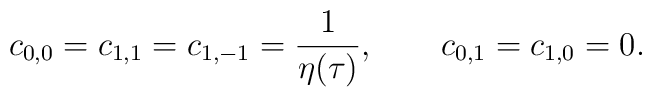
c_{0,0}= c_{1,1} = c_{1,-1}= {1\over\eta(\tau)}, \qquad c_{0,1}= c_{1,0}= 0.